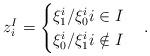
LaTeX: \begin{align*}z^I_i = \begin{cases} \xi_1^i / \xi_0^i i \in I \\ \xi_0^i / \xi_1^i i \notin I \end{cases}.\end{align*}